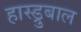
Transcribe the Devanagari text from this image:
हास्ड्रुबाल